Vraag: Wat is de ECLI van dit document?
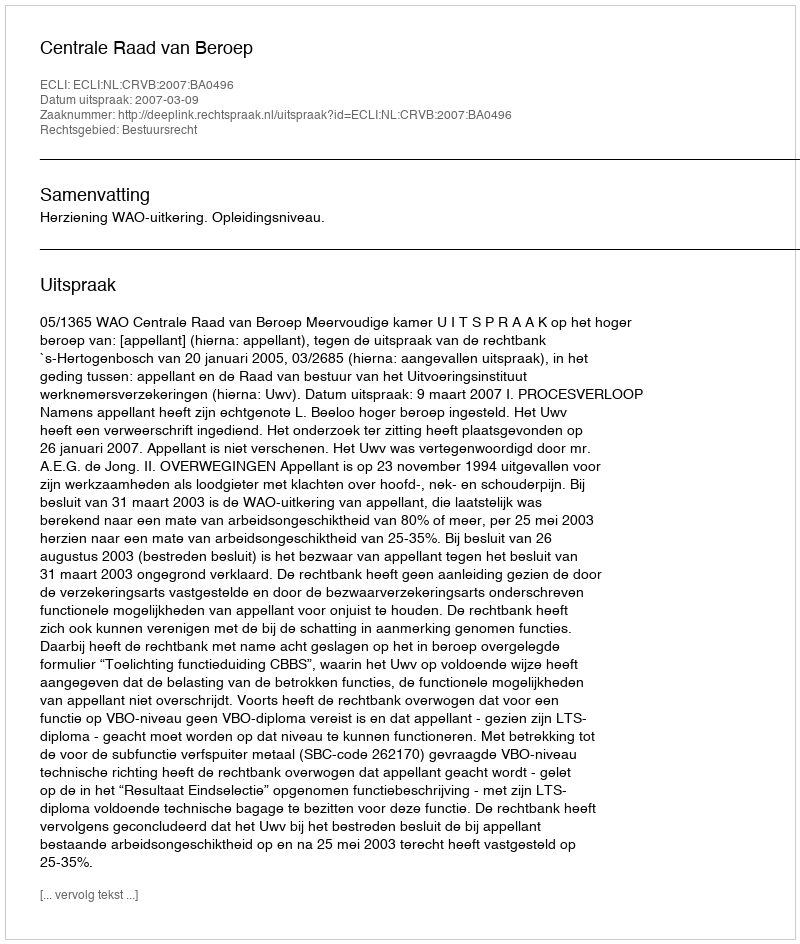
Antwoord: ECLI:NL:CRVB:2007:BA0496